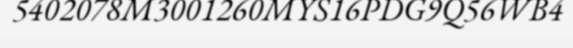
5402078M3001260MYS16PDG9Q56WB4